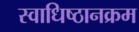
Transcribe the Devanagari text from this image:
स्वाधिष्ठानक्रम